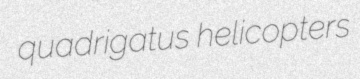
quadrigatus helicopters